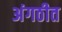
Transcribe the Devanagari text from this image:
अंगठीत